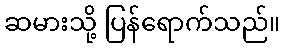
ဆမားသို့ ပြန်ရောက်သည်။